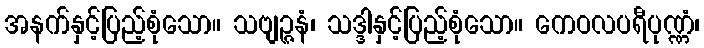
အနက်နှင့်ပြည့်စုံသော။ သဗျဉ္ဇနံ၊ သဒ္ဒါနှင့်ပြည့်စုံသော။ ကေဝလပရီပုဏ္ဏံ၊